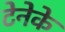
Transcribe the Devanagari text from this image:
टेनेके